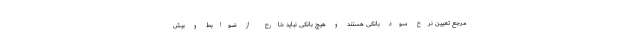
مرجع تعیین نرخ سود بانکی هستند و هیچ بانکی نباید خارج از ضوابط و بیش